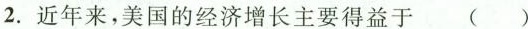
2.近年来，美国的经济增长主要得益于（）